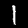
Digit: 1